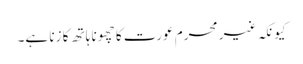
کیونکہ غیر محرم عورت کا چھونا ہاتھ کا زنا ہے۔